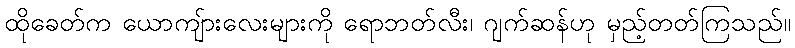
ထိုခေတ်က ယောကျ်ားလေးများကို ရောဘတ်လီး၊ ဂျက်ဆန်ဟု မှည့်တတ်ကြသည်။